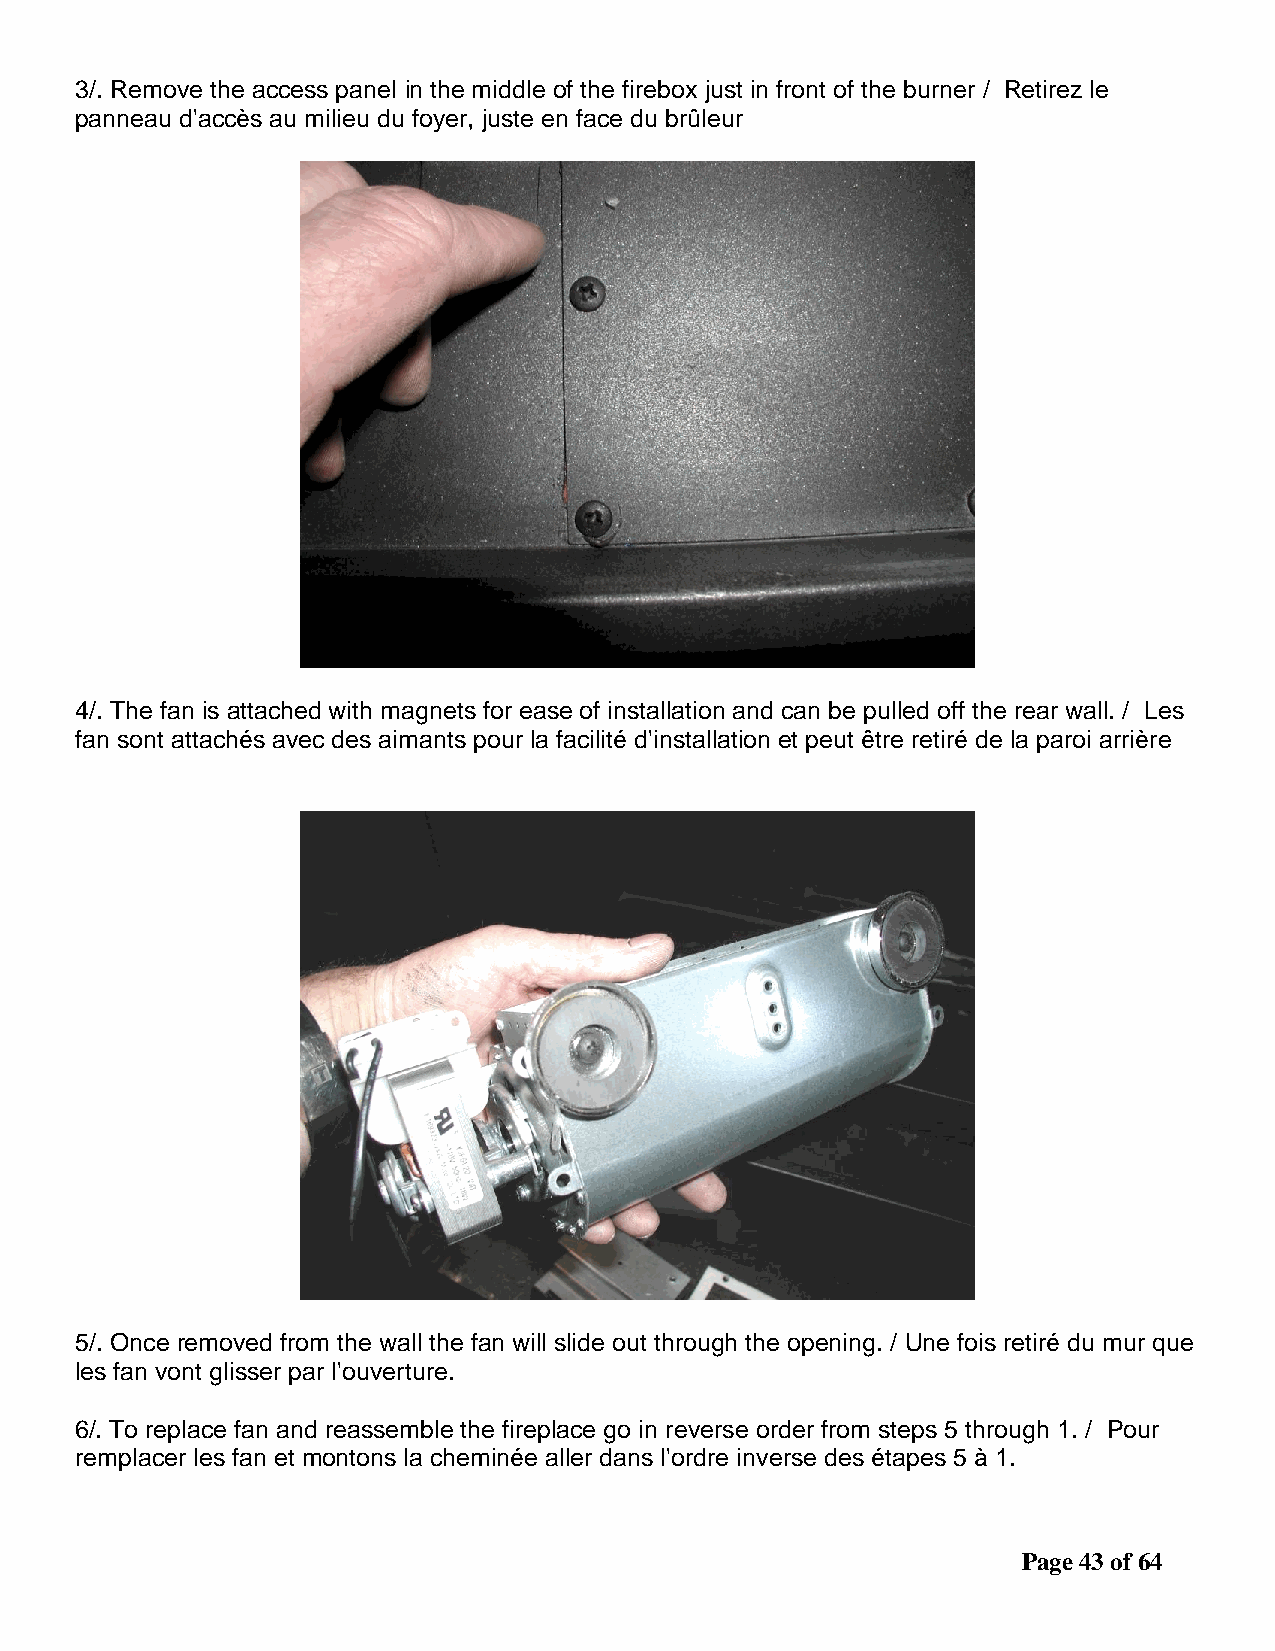
3/. Remove the access panel in the middle of the firebox just in front of the burner / Retirez le
 panneau d'accès au milieu du foyer, juste en face du brûleur
 4/. The fan is attached with magnets for ease of installation and can be pulled off the rear wall. / Les
 fan sont attachés avec des aimants pour la facilité d'installation et peut être retiré de la paroi arrière
 5/. Once removed from the wall the fan will slide out through the opening. / Une fois retiré du mur que
 les fan vont glisser par l'ouverture.
 6/. To replace fan and reassemble the fireplace go in reverse order from steps 5 through 1. / Pour
 remplacer les fan et montons la cheminée aller dans l'ordre inverse des étapes 5 à 1.
 Page 43 of 64